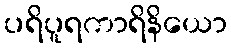
ပရိပူရကာရိနိယော